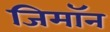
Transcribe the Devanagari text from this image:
जिमाॅन